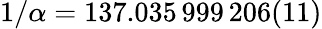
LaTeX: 1/\alpha=137.035\, 999\, 206(11)